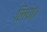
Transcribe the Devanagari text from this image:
लिया।